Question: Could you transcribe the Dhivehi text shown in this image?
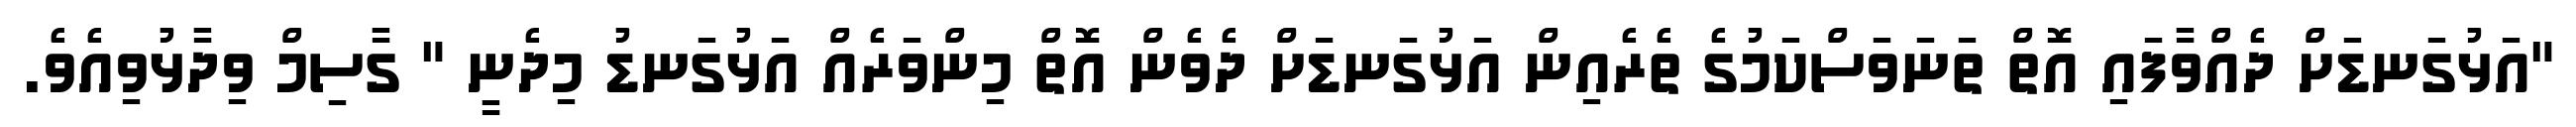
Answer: "އަޅުގަނޑަށް ދެއްވާފައި އޮތް ތަނަވަސްކަމުގެ ތެރެއިން އަޅުގަނޑަށް ދެވެން އޮތް މިންވަރެއް އަޅުގަނޑު މިދެނީ " ގާސިމް ވިދާޅުވިއެވެ.